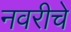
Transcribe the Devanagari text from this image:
नवरीचे